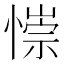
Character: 𢠄